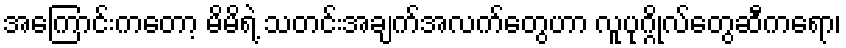
အကြောင်းကတော့ မိမိရဲ့ သတင်းအချက်အလက်တွေဟာ လူပုဂ္ဂိုလ်တွေဆီကရော၊